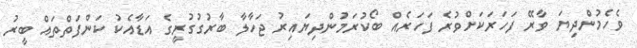
ވެހެމުންދިޔަ ވާރޭ ފަހަރަކަށްވުރެ ފަހަރެއް ބޯކުރަމުންދިޔައިރު ޖަހާލާ ބާރުގުގުރީގެ އަޑާއެކު ކަންފަތްތައް ބީރު